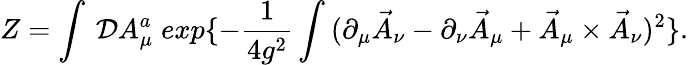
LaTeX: Z=\int\: {\cal D}A_{\mu}^{a}\; exp\{ -\frac{1}{4g^{2}}\int\: (\partial_{\mu}\vec{A}_{\nu}-\partial_{\nu}\vec{A}_{\mu}+\vec{A}_{\mu}\times\vec{A}_{\nu})^{2}\} .